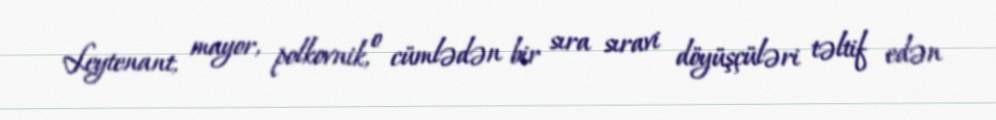
Leytenant, mayor, polkovnik, o cümlədən bir sıra sıravi döyüşçüləri təltif edən